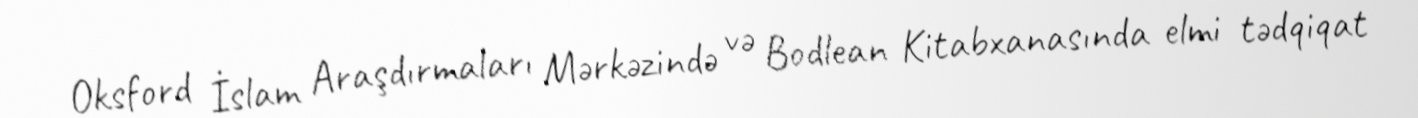
Oksford İslam Araşdırmaları Mərkəzində və Bodlean Kitabxanasında elmi tədqiqat